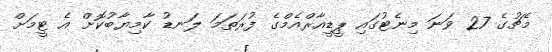
މެޗުގެ 27 ވަނަ މިނެޓުގައި ޕީޑީއާރްއެމްގެ ފުރަތަމަ ލަނޑު ކާމިޔާބުކޮށް އެ ޓީމަށް